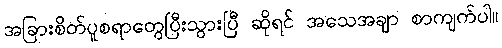
အခြားစိတ်ပူစရာတွေပြီးသွားပြီ ဆိုရင် အသေအချာ စာကျက်ပါ။